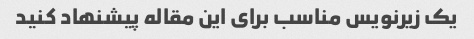
یک زیرنویس مناسب برای این مقاله پیشنهاد کنید